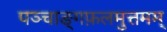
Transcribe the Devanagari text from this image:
पञ्चाङ्गफ़लमुत्तमम्